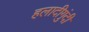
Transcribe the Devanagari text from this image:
हलादीगुंदी